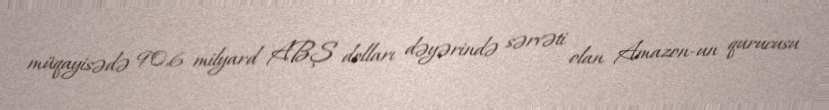
müqayisədə 90,6 milyard ABŞ dolları dəyərində sərvəti olan Amazon-un qurucusu